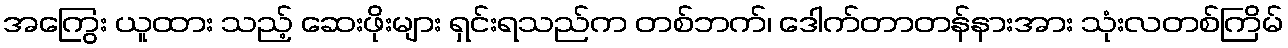
အကြွေး ယူထား သည့် ဆေးဖိုးများ ရှင်းရသည်က တစ်ဘက်၊ ဒေါက်တာတန်နားအား သုံးလတစ်ကြိမ်